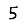
Digit: 5